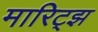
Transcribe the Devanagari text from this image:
मारिट्झ